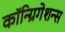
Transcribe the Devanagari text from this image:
कॉन्ग्रिगेशन्स